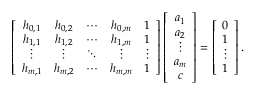
\left[ \begin{array} { c c c c c } { h _ { 0 , 1 } } & { h _ { 0 , 2 } } & { \cdots } & { h _ { 0 , m } } & { 1 } \\ { h _ { 1 , 1 } } & { h _ { 1 , 2 } } & { \cdots } & { h _ { 1 , m } } & { 1 } \\ { \vdots } & { \vdots } & { \ddots } & { \vdots } & { \vdots } \\ { h _ { m , 1 } } & { h _ { m , 2 } } & { \cdots } & { h _ { m , m } } & { 1 } \end{array} \right] \left[ \begin{array} { c } { a _ { 1 } } \\ { a _ { 2 } } \\ { \vdots } \\ { a _ { m } } \\ { c } \end{array} \right] = \left[ \begin{array} { c } { 0 } \\ { 1 } \\ { \vdots } \\ { 1 } \end{array} \right] .